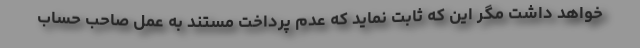
خواهد داشت مگر این که ثابت نماید که عدم پرداخت مستند به عمل صاحب حساب